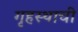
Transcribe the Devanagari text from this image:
गृहस्थाची